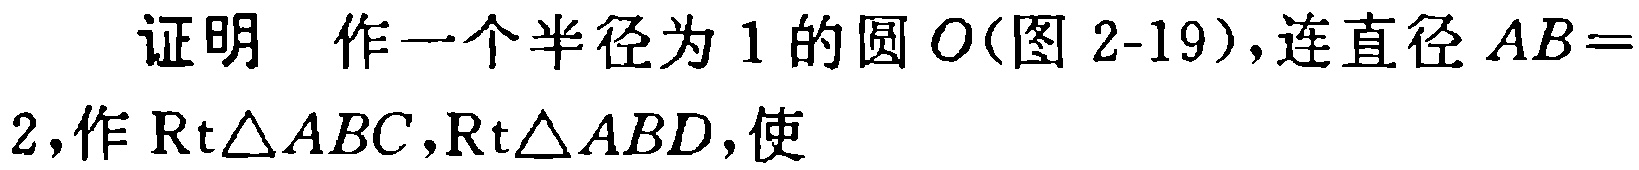
证明 作一个半径为1的圆\(O\)(图2-19)，连直径\(AB = 2\)，作\(\mathrm{Rt}\triangle ABC\)，\(\mathrm{Rt}\triangle ABD\)，使